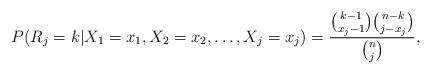
LaTeX: \begin{align*}P(R_j=k|X_1=x_1,X_2=x_2,\dots,X_j=x_j)=\frac{{k-1\choose x_j-1}{n-k\choose j-x_j}}{{n\choose j}},\end{align*}